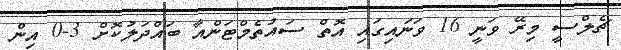
ޗެލްސީ މިރޭ ވަނީ 16 ވަނައިގައި އޮތް ސައުތެމްޓަންއާ ބައްދަލުކޮށް 3-0 އިން